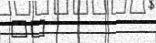
٥٩